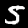
Digit: 5